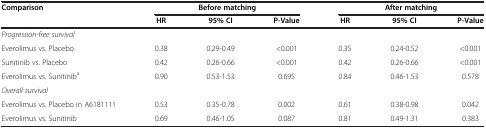
<table><thead><tr><td rowspan="2"><b>Comparison</b></td><td colspan="3"><b>Before matching</b></td><td colspan="3"><b>After matching</b></td></tr><tr><td><b>HR</b></td><td><b>95% CI</b></td><td><b>P-Value</b></td><td><b>HR</b></td><td><b>95% CI</b></td><td><b>P-Value</b></td></tr></thead><tbody><tr><td><i>Progression-free survival</i></td><td> </td><td> </td><td> </td><td> </td><td> </td><td> </td></tr><tr><td>Everolimus vs. Placebo</td><td>0.38</td><td>0.29-0.49</td><td>&lt;0.001</td><td>0.35</td><td>0.24-0.52</td><td>&lt;0.001</td></tr><tr><td>Sunitinib vs. Placebo</td><td>0.42</td><td>0.26-0.66</td><td>&lt;0.001</td><td>0.42</td><td>0.26-0.66</td><td>&lt;0.001</td></tr><tr><td>Everolimus vs. Sunitinib<sup>a</sup></td><td>0.90</td><td>0.53-1.53</td><td>0.695</td><td>0.84</td><td>0.46-1.53</td><td>0.578</td></tr><tr><td><i>Overall survival</i></td><td> </td><td> </td><td> </td><td> </td><td> </td><td> </td></tr><tr><td>Everolimus vs. Placebo in A6181111</td><td>0.53</td><td>0.35-0.78</td><td>0.002</td><td>0.61</td><td>0.38-0.98</td><td>0.042</td></tr><tr><td>Everolimus vs. Sunitinib</td><td>0.69</td><td>0.46-1.05</td><td>0.087</td><td>0.81</td><td>0.49-1.31</td><td>0.383</td></tr></tbody></table>